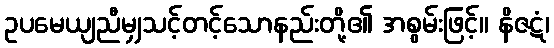
ဥပမေယျညီမျှသင့်တင့်သောနည်းတို့၏ အစွမ်းဖြင့်။ နိဇဋံ၊